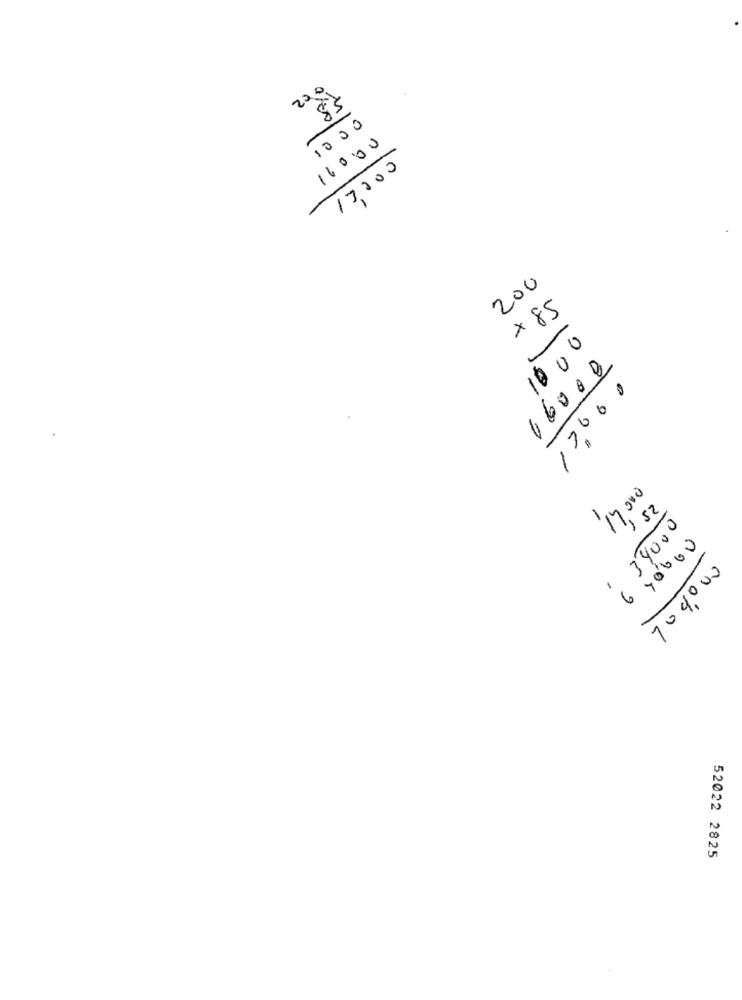
10 00
16000
17200
200
x 85
10 00
17000
00091
1 52
PAC 41,
, 34000
6 y0000
700,000
52022 2825